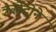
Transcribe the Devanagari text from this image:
त्रज़ोदोने